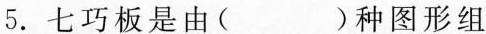
5.七巧板是由( )种图形组